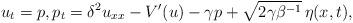
LaTeX: \begin{align*}u_t= p, p_t = \delta^2 u_{xx} - V'(u) - \gamma p + \sqrt{2\gamma\beta^{-1}}\,\eta(x,t) ,\end{align*}